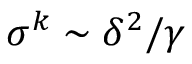
\sigma ^ { k } \sim \delta ^ { 2 } / \gamma